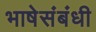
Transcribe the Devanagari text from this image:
भाषेसंबंधी